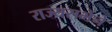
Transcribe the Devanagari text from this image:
राज्यसभेने